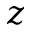
z